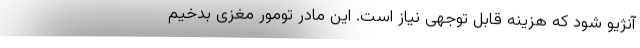
آنژیو شود که هزینه قابل توجهی نیاز است. این مادر تومور مغزی بدخیم